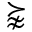
\succnapprox